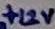
Text: +12V